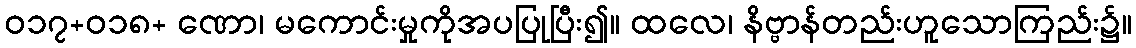
ဝ၁၇+၀၁၈+ ဏော၊ မကောင်းမှုကိုအပပြုပြီး၍။ ထလေ၊ နိဗ္ဗာန်တည်းဟူသောကြည်း၌။